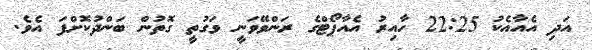
އަދި އެއާއެކު 22:25 ހާއިރު އެއާޕޯޓްގެ ރަންވޭވަނީ ވަގުތީ ގޮތުން ބަންދުކޮށްފަ އެވެ.